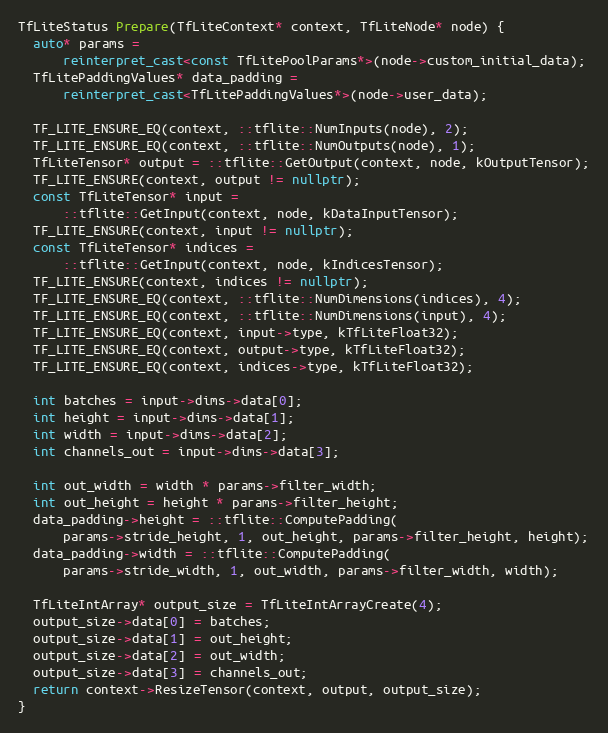
Language: C++
TfLiteStatus Prepare(TfLiteContext* context, TfLiteNode* node) {
  auto* params =
      reinterpret_cast<const TfLitePoolParams*>(node->custom_initial_data);
  TfLitePaddingValues* data_padding =
      reinterpret_cast<TfLitePaddingValues*>(node->user_data);

  TF_LITE_ENSURE_EQ(context, ::tflite::NumInputs(node), 2);
  TF_LITE_ENSURE_EQ(context, ::tflite::NumOutputs(node), 1);
  TfLiteTensor* output = ::tflite::GetOutput(context, node, kOutputTensor);
  TF_LITE_ENSURE(context, output != nullptr);
  const TfLiteTensor* input =
      ::tflite::GetInput(context, node, kDataInputTensor);
  TF_LITE_ENSURE(context, input != nullptr);
  const TfLiteTensor* indices =
      ::tflite::GetInput(context, node, kIndicesTensor);
  TF_LITE_ENSURE(context, indices != nullptr);
  TF_LITE_ENSURE_EQ(context, ::tflite::NumDimensions(indices), 4);
  TF_LITE_ENSURE_EQ(context, ::tflite::NumDimensions(input), 4);
  TF_LITE_ENSURE_EQ(context, input->type, kTfLiteFloat32);
  TF_LITE_ENSURE_EQ(context, output->type, kTfLiteFloat32);
  TF_LITE_ENSURE_EQ(context, indices->type, kTfLiteFloat32);

  int batches = input->dims->data[0];
  int height = input->dims->data[1];
  int width = input->dims->data[2];
  int channels_out = input->dims->data[3];

  int out_width = width * params->filter_width;
  int out_height = height * params->filter_height;
  data_padding->height = ::tflite::ComputePadding(
      params->stride_height, 1, out_height, params->filter_height, height);
  data_padding->width = ::tflite::ComputePadding(
      params->stride_width, 1, out_width, params->filter_width, width);

  TfLiteIntArray* output_size = TfLiteIntArrayCreate(4);
  output_size->data[0] = batches;
  output_size->data[1] = out_height;
  output_size->data[2] = out_width;
  output_size->data[3] = channels_out;
  return context->ResizeTensor(context, output, output_size);
}